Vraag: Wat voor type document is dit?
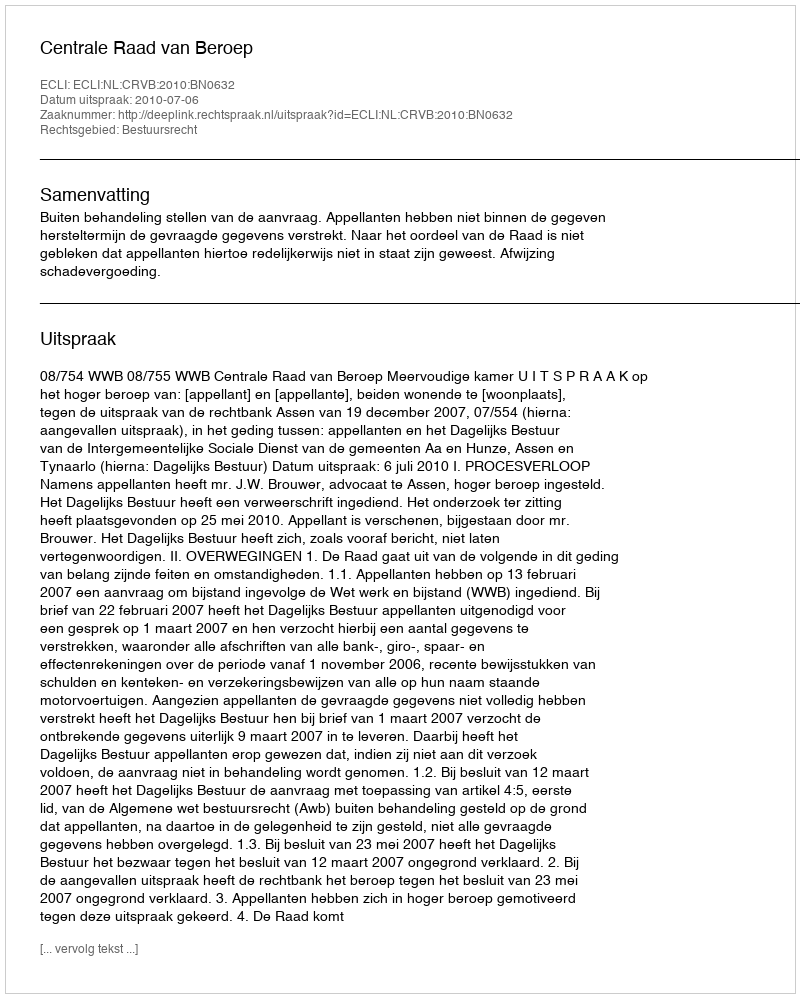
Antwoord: Uitspraak